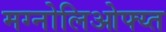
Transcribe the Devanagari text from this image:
मग्नोलिओफ्य्त